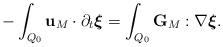
LaTeX: \begin{align*}-\int_{Q_0} \mathbf{u}_M\cdot \partial_t \boldsymbol{\xi} =\int_{Q_0} \mathbf{G}_M: \nabla \boldsymbol{\xi}.\end{align*}